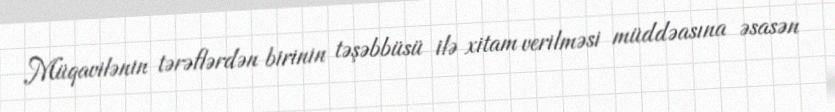
Müqavilənin tərəflərdən birinin təşəbbüsü ilə xitam verilməsi müddəasına əsasən